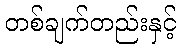
တစ်ချက်တည်းနှင့်